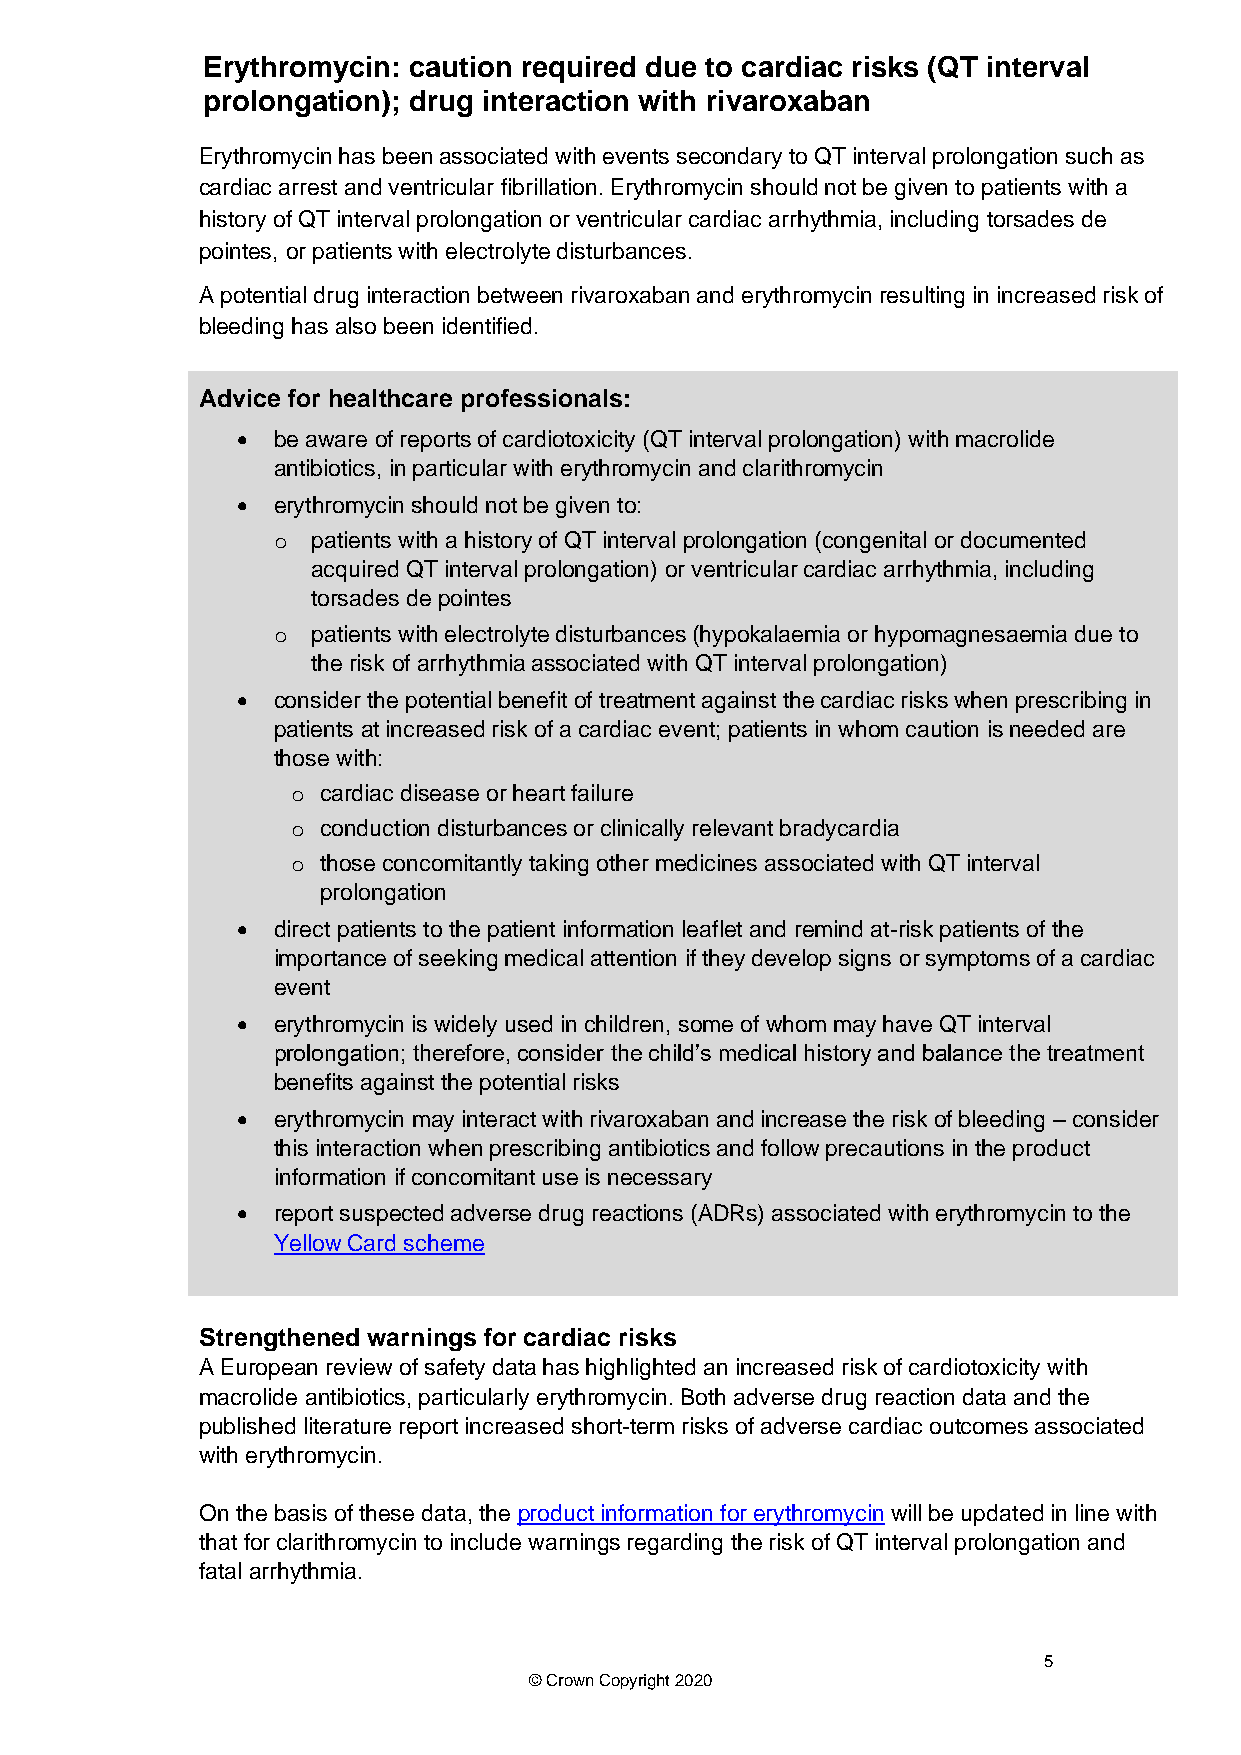
Erythromycin: caution required due to cardiac risks (QT interval
 prolongation); drug interaction with rivaroxaban
 Erythromycin has been associated with events secondary to QT interval prolongation such as
 cardiac arrest and ventricular fibrillation. Erythromycin should not be given to patients with a
 history of QT interval prolongation or ventricular cardiac arrhythmia, including torsades de
 pointes, or patients with electrolyte disturbances.
 A potential drug interaction between rivaroxaban and erythromycin resulting in increased risk of
 bleeding has also been identified.
 Advice for healthcare professionals:
 • be aware of reports of cardiotoxicity (QT interval prolongation) with macrolide
 antibiotics, in particular with erythromycin and clarithromycin
 • erythromycin should not be given to:
 o  patients with a history of QT interval prolongation (congenital or documented
 acquired QT interval prolongation) or ventricular cardiac arrhythmia, including
 torsades de pointes
 o  patients with electrolyte disturbances (hypokalaemia or hypomagnesaemia due to
 the risk of arrhythmia associated with QT interval prolongation)
 • consider the potential benefit of treatment against the cardiac risks when prescribing in
 patients at increased risk of a cardiac event; patients in whom caution is needed are
 those with:
 o cardiac disease or heart failure
 o conduction disturbances or clinically relevant bradycardia
 o those concomitantly taking other medicines associated with QT interval
 prolongation
 • direct patients to the patient information leaflet and remind at-risk patients of the
 importance of seeking medical attention if they develop signs or symptoms of a cardiac
 event
 • erythromycin is widely used in children, some of whom may have QT interval
 prolongation; therefore, consider the child’s medical history and balance the treatment
 benefits against the potential risks
 • erythromycin may interact with rivaroxaban and increase the risk of bleeding – consider
 this interaction when prescribing antibiotics and follow precautions in the product
 information if concomitant use is necessary
 • report suspected adverse drug reactions (ADRs) associated with erythromycin to the
 Yellow Card scheme
 Strengthened warnings for cardiac risks
 A European review of safety data has highlighted an increased risk of cardiotoxicity with
 macrolide antibiotics, particularly erythromycin. Both adverse drug reaction data and the
 published literature report increased short-term risks of adverse cardiac outcomes associated
 with erythromycin.
 On the basis of these data, the product information for erythromycin will be updated in line with
 that for clarithromycin to include warnings regarding the risk of QT interval prolongation and
 fatal arrhythmia.
 5
 © Crown Copyright 2020